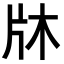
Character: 𭷉